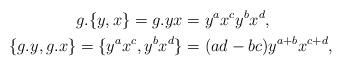
LaTeX: \begin{align*} g.\{y,x\} = g.yx &=y^ax^cy^bx^d, \\ \{g.y,g.x\} =\{y^ax^c,y^bx^d\} &= (ad-bc)y^{a+b}x^{c+d},\end{align*}